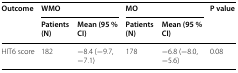
<table><thead><tr><td rowspan="2"><b>Outcome</b></td><td colspan="2"><b>WMO</b></td><td colspan="2"><b>MO</b></td><td rowspan="2"><b>P value</b></td></tr><tr><td><b>Patients (N)</b></td><td><b>Mean (95 % CI)</b></td><td><b>Patients (N)</b></td><td><b>Mean (95 % CI)</b></td></tr></thead><tbody><tr><td>HIT6 score</td><td>182</td><td>−8.4 (−9.7, −7.1)</td><td>178</td><td>−6.8 (−8.0, −5.6)</td><td>0.08</td></tr></tbody></table>